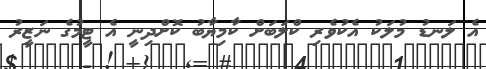
އެ ލަނޑު މުލަކު އެކުވެރި ކްލަބަށް ކާމިޔާބު ކޮށްދިނީ އެ ޓީމުގެ ނަޒީރު